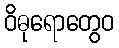
ဝိဓုရောတွေဝ